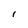
Character: I